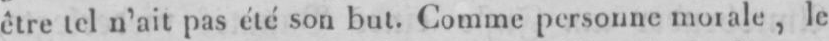
être tel n’ait pas été son but. Comme personne morale, le